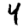
Digit: 4